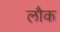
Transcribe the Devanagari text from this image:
लौक